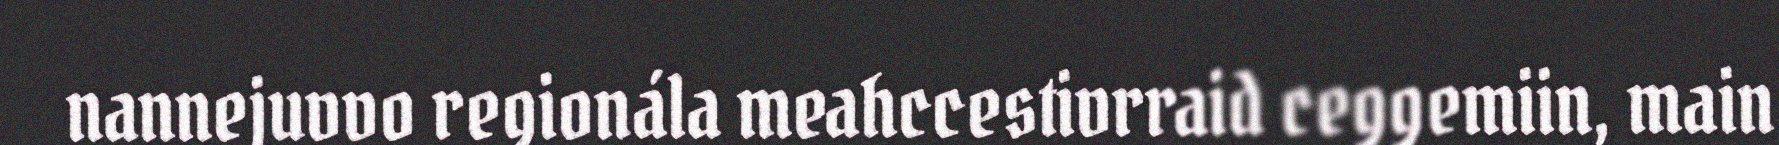
nannejuvvo regionála meahccestivrraid ceggemiin, main